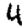
Digit: 4